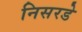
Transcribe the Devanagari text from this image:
निसरडे